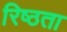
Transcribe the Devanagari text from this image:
रिष्ठता